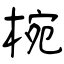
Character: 椀